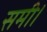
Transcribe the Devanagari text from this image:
समी।